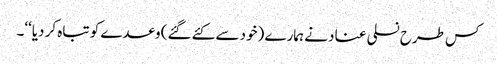
کس طرح نسلی عناد نے ہمارے (خود سے کئے گئے) وعدے کو تباہ کر دیا‘‘۔